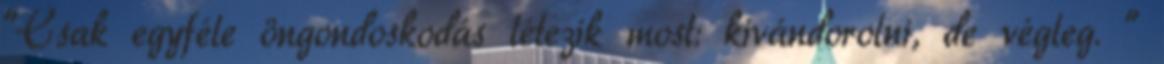
"Csak egyféle öngondoskodás létezik most: kivándorolni, de végleg. "